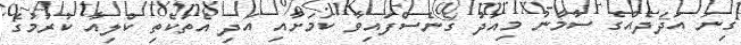
ގިނަ އަދަދެއްގެ ސާމާނު މިއަދު ގެނެސްފައިވާ ކަމަށާއި އަދި އެތަކެތި ކްލިއާ ކުރުމުގެ